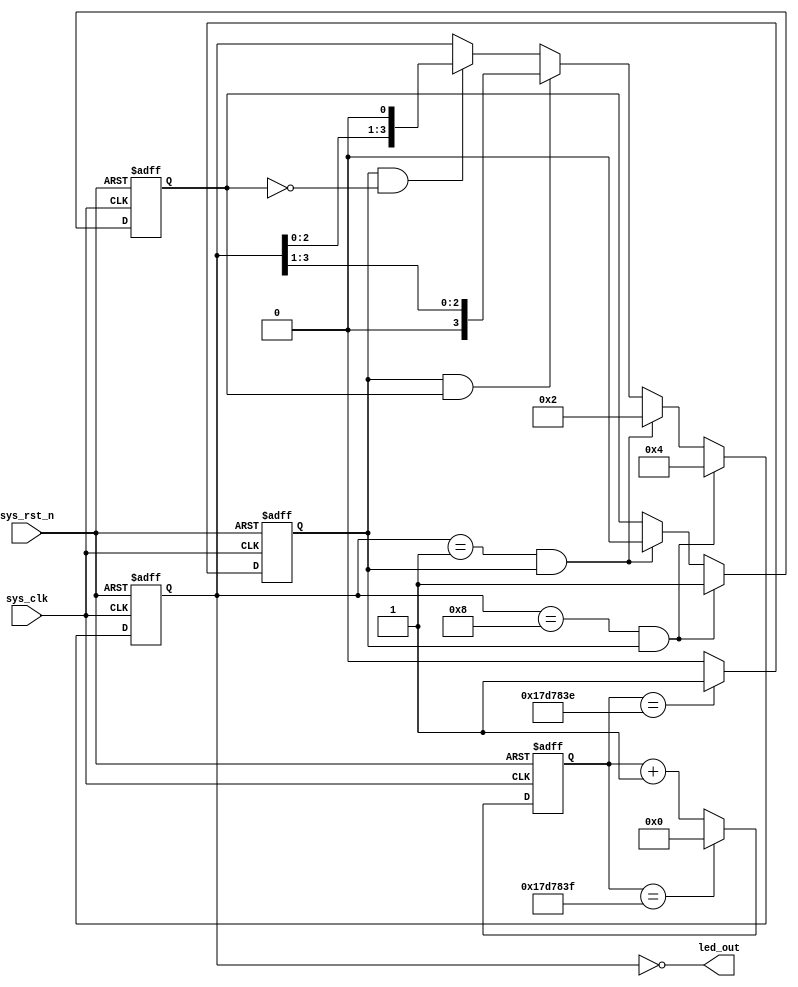
module water_led
#(
    parameter  CNT_MAX = 25'd24_999_999
)
(
    input sys_clk,
    input sys_rst_n,

    output wire [3:0] led_out
);

reg [24:0] cnt;
reg cnt_flag;
reg [3:0] led_out_reg;
reg direction;//=1  =0 

//cnt
always@(posedge sys_clk or negedge sys_rst_n)
    if(sys_rst_n == 1'b0)
        cnt <= 25'd0;
    else if(cnt == CNT_MAX)
        cnt <= 25'd0;
    else 
        cnt <= cnt + 25'd1;

//cnt_flag
always@(posedge sys_clk or negedge sys_rst_n)
    if(sys_rst_n == 1'b0)
        cnt_flag <= 1'b0;
    else if(cnt == CNT_MAX - 1'd1)
        cnt_flag <= 1'b1;
    else
        cnt_flag <= 1'b0;

/***
    led_out_flag
    
    
***/
//led_out_flag
// always@(posedge sys_clk or negedge sys_rst_n)
//     if(sys_rst_n == 1'b0)
//         led_out_reg <= 4'b0001;
//     else if(led_out_reg == 4'b1000 &&  cnt_flag == 1'b1)
//         led_out_reg <= 4'b0001;
//     // else if(led_out_reg == 4'b0010 &&  cnt_flag == 1'b1)
//     //     led_out_reg <= 4'b0100;
//     // else if(led_out_reg == 4'b0100 &&  cnt_flag == 1'b1)
//     //     led_out_reg <= 4'b1000;
//     // else   
//     //     led_out_reg <= 4
//     else if(cnt_flag == 1'b1)
//         led_out_reg <= led_out_reg << 1'b1;
//     else 
//         led_out_reg <= led_out_reg;



/**********************************************/
/**********************************/
/*
    
    0001->0010->0100->1000->0100->0010->0001
    
*/


//reg direction
always@(posedge sys_clk or negedge sys_rst_n)
    if(sys_rst_n == 1'b0)
        direction <= 1'b0;
    else if(led_out_reg == 4'b1000 && cnt_flag == 1'b1)
        direction <= 1'b1;
    else if(led_out_reg == 4'b0001 && cnt_flag == 1'b1)
        direction <= 1'b0;
    else 
        direction <= direction;

//led_out_flag
always@(posedge sys_clk or negedge sys_rst_n)
    if(sys_rst_n == 1'b0)
        led_out_reg <= 4'b0001;//initial state
    else if(led_out_reg == 4'b1000 && cnt_flag == 1'b1)
        led_out_reg <= 4'b0100;
    else if(led_out_reg == 4'b0001 && cnt_flag == 1'b1)
        led_out_reg <= 4'b0010;
    else if(cnt_flag == 1'b1 && direction == 1'b1)//
        led_out_reg <= led_out_reg >> 1'b1;
    else if(cnt_flag == 1'b1 && direction == 1'b0)//
        led_out_reg <= led_out_reg << 1'b1;
    else 
        led_out_reg <= led_out_reg;

/**********************************************/

assign led_out = ~led_out_reg;

endmodule